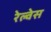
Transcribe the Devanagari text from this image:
रेल्वेस